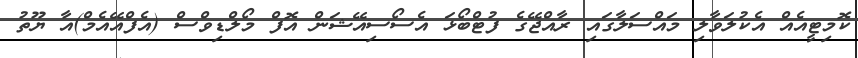
ކޮމިޓީއެއް އެކުލަވާލި މައްސަލާގައި ރާއްޖޭގެ ފުޓްބޯޅަ އެސޯސިއޭޝަން އޮފް މޯލްޑިވްސް (އެފްއޭއެމް)އާ ޔޫތު